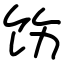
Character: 饬